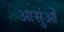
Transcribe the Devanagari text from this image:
आसुंओं